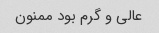
عالی و گرم بود ممنون